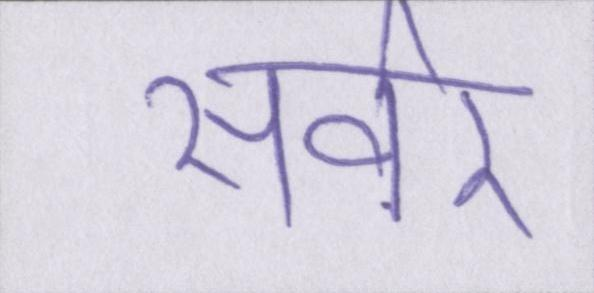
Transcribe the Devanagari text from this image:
सर्वर